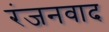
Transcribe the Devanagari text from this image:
रंजनवाद